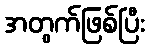
အတွက်ဖြစ်ပြီး